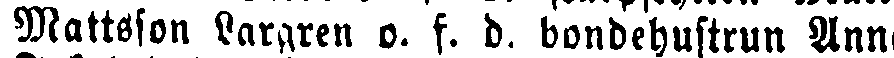
Mattsson Largren o. f. d. bondehustrun Ann